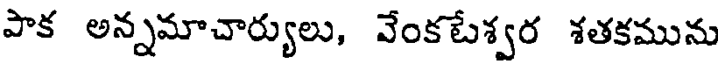
పాక అన్నమాచార్యులు, వేంకటేశ్వర శతకమును